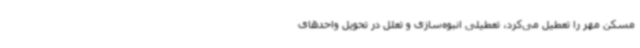
مسکن مهر را تعطیل می‌کرد، تعطیلی انبوه‌سازی و تعلل در تحویل واحدهای